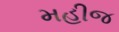
મહીજ